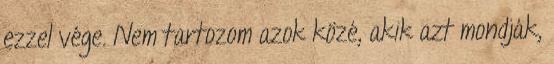
ezzel vége. Nem tartozom azok közé, akik azt mondják,